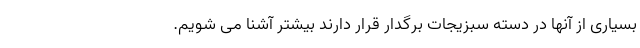
بسیاری از آنها در دسته سبزیجات برگدار قرار دارند بیشتر آشنا می شویم.